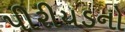
પીરીયડનો